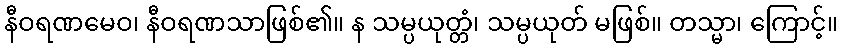
နီဝရဏမေဝ၊ နီဝရဏသာဖြစ်၏။ န သမ္ပယုတ္တံ၊ သမ္ပယုတ် မဖြစ်။ တသ္မာ၊ ကြောင့်။